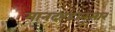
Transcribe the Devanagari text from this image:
मानदण्डानुसार